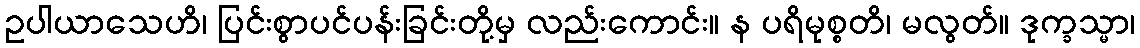
ဥပါယာသေဟိ၊ ပြင်းစွာပင်ပန်းခြင်းတို့မှ လည်းကောင်း။ န ပရိမုစ္စတိ၊ မလွတ်။ ဒုက္ခသ္မာ၊